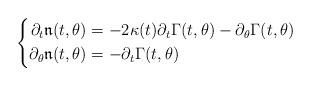
LaTeX: \begin{align*}\left\{\begin{aligned}\partial_t\mathfrak{n}(t,\theta)&=-2\kappa(t)\partial_t\Gamma(t,\theta)-\partial_\theta\Gamma(t,\theta)\\\partial_\theta\mathfrak{n}(t,\theta)&=-\partial_t\Gamma(t,\theta)\end{aligned}\right.\end{align*}